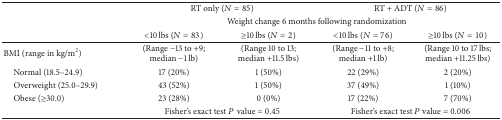
<table><thead><tr><td><b> </b></td><td colspan="2"><b>RT only (<i>N</i> = 85)</b></td><td colspan="2"><b>RT + ADT (<i>N</i> = 86)</b></td></tr><tr><td><b> </b></td><td colspan="4"><b>Weight change 6 months following randomization</b></td></tr><tr><td><b> </b></td><td><b>&lt;10 lbs (<i>N</i> = 83)</b></td><td><b>≥10 lbs (<i>N</i> = 2)</b></td><td><b>&lt;10 lbs (<i>N</i> = 76)</b></td><td><b>≥10 lbs (<i>N</i> = 10)</b></td></tr></thead><tbody><tr><td>BMI (range in kg/m<sup>2</sup>)</td><td>(Range −13 to +9; median −1 lb)</td><td>(Range 10 to 13; median +11.5 lbs)</td><td>(Range −11 to +8; median +1 lb)</td><td>(Range 10 to 17 lbs; median +11.25 lbs)</td></tr><tr><td> Normal (18.5–24.9)</td><td>17 (20%)</td><td>1 (50%)</td><td>22 (29%)</td><td>2 (20%)</td></tr><tr><td> Overweight (25.0–29.9)</td><td>43 (52%)</td><td>1 (50%)</td><td>37 (49%)</td><td>1 (10%)</td></tr><tr><td> Obese (≥30.0)</td><td>23 (28%)</td><td>0 (0%)</td><td>17 (22%)</td><td>7 (70%)</td></tr><tr><td> </td><td colspan="2">Fisher&#x27;s exact test <i>P</i> value = 0.45</td><td colspan="2">Fisher&#x27;s exact test <i>P</i> value = 0.006</td></tr></tbody></table>